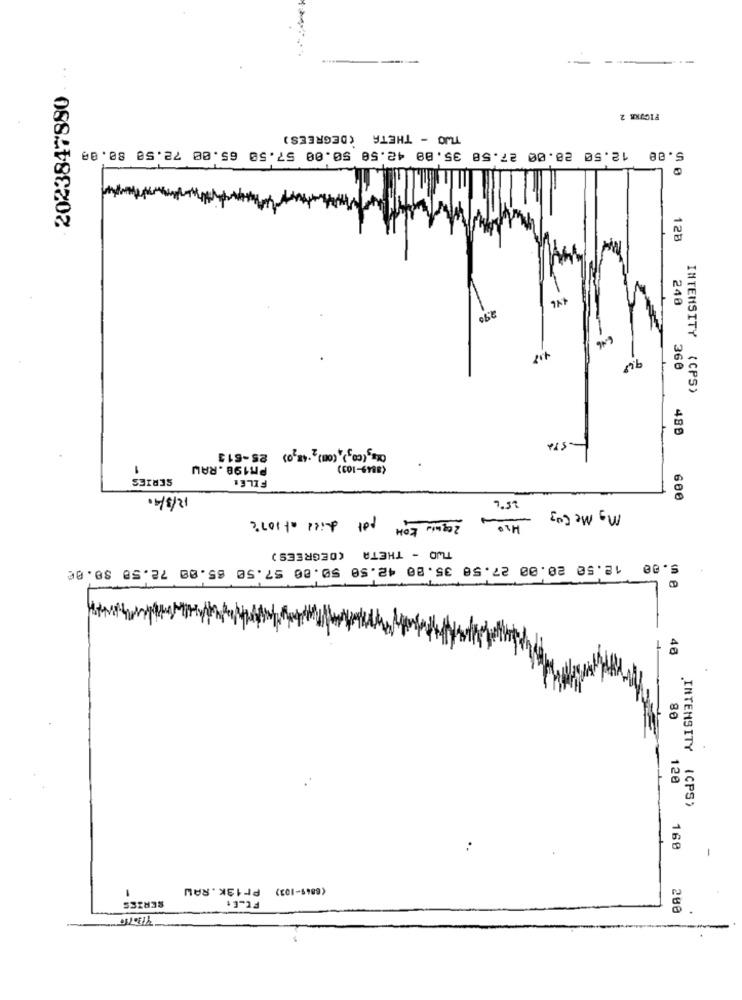
--
2023847880 . .
FIGURE 2
TWO - THETA (DEGREES)
5.00 12.50 20.00 27.58 35.89 42.58 50.00 57.50 65.00 72.50 80.00
128
240
6.46
360
INTENSITY (CPS)
489
Ota (co2), Com)2.4820) 25-513
1
PM198.RAW
(8849-103)
SERIES
FILER
12/3/4.
600
requis KOM pot died at 107℃
9.32
Mg Me Cu3
TWO - THETA (DEGREES)
5.00 12.50 20.00 27.56 35.80 42.50 50.00 57.50 65.00 72.58 30.06
" 1
80
120
.INTENSITY (CPS)
160
Pr13K.RAW
(6849-103)
SERIES
FT_Et
200